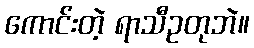
ကောင်းတဲ့ ရာသီဥတုဘဲ။